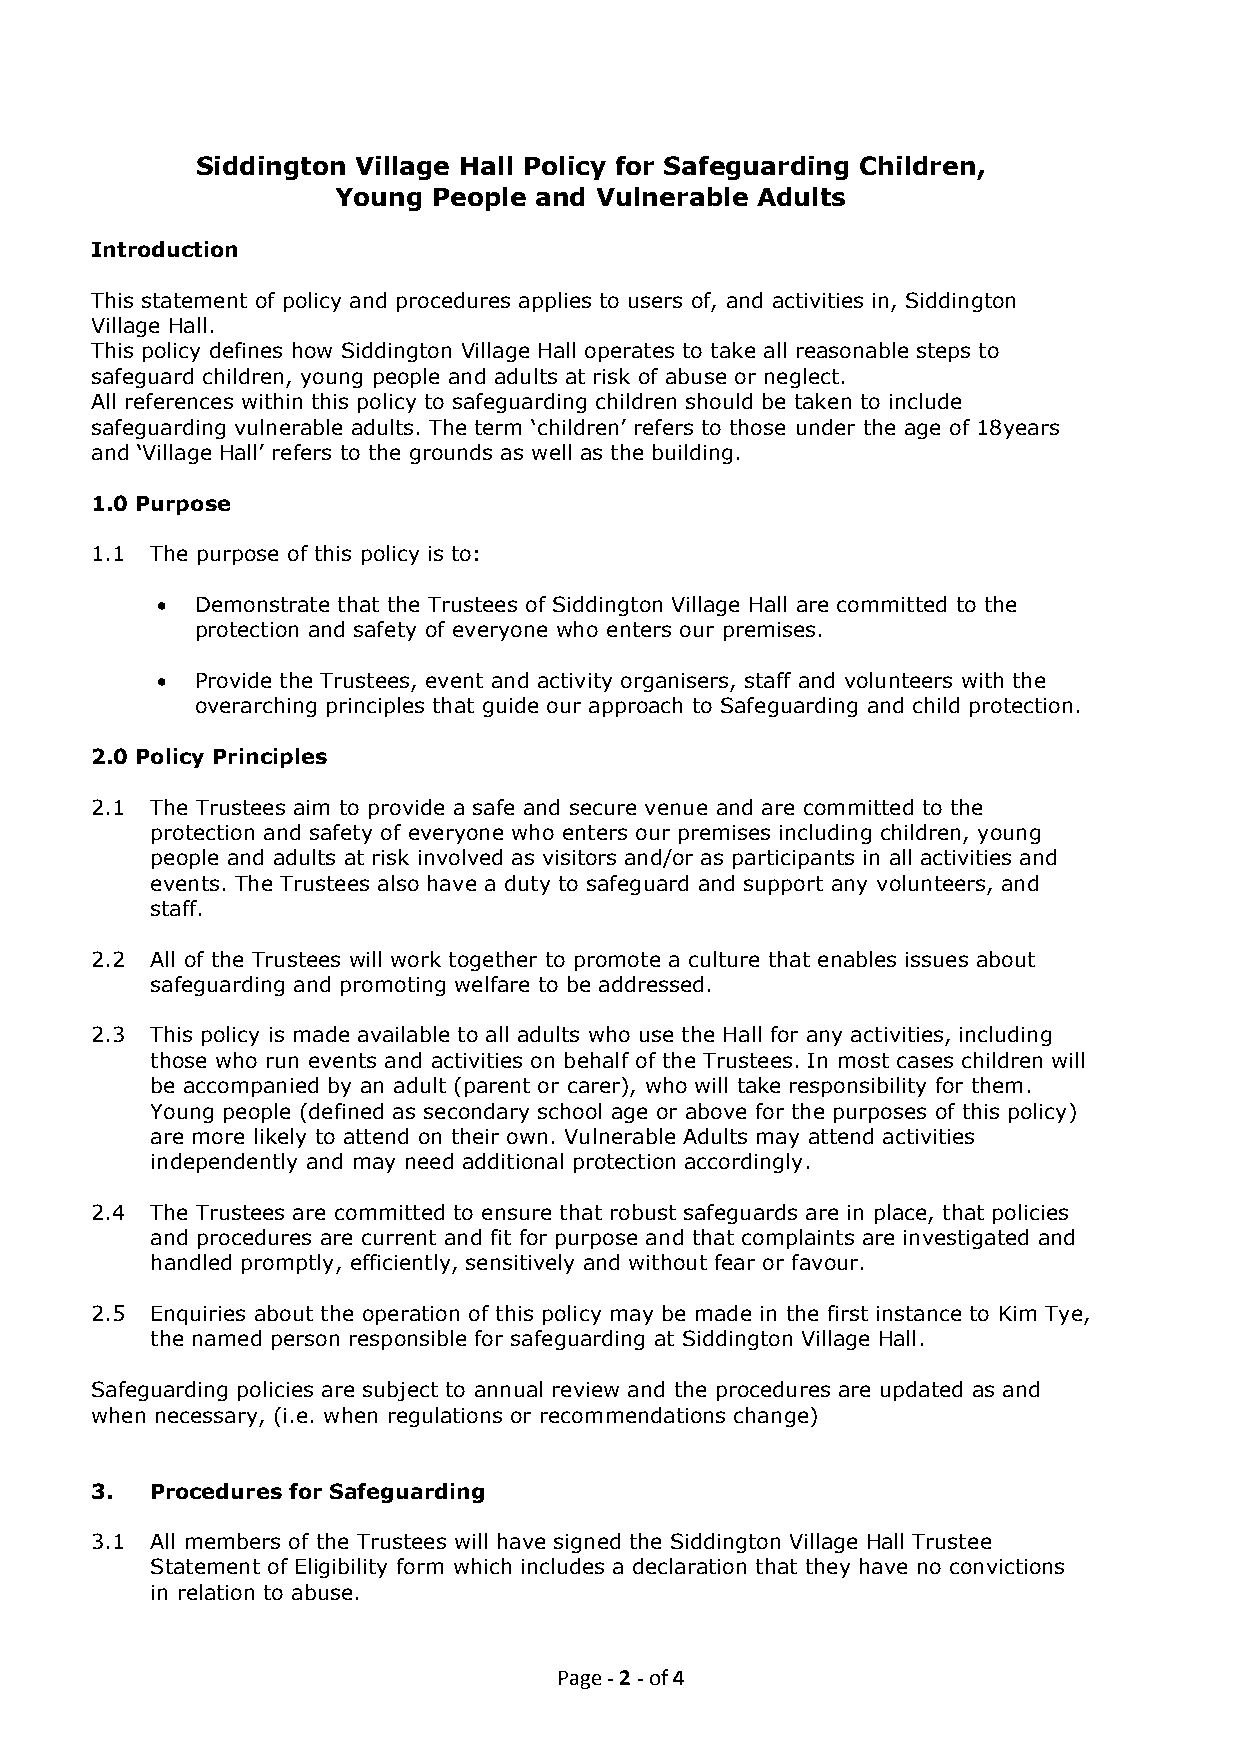
Siddington Village Hall Policy for Safeguarding Children,
 Young  People and Vulnerable Adults
 Introduction
 This statement of policy and procedures applies to users of, and activities in, Siddington
 Village Hall.
 This policy defines how Siddington Village Hall operates to take all reasonable steps to
 safeguard children, young people and adults at risk of abuse or neglect.
 All references within this policy to safeguarding children should be taken to include
 safeguarding vulnerable adults. The term ‘children’ refers to those under the age of 18years
 and ‘Village Hall’ refers to the grounds as well as the building.
 1.0 Purpose
 1.1 The purpose of this policy is to:
   Demonstrate that the Trustees of Siddington Village Hall are committed to the
 protection and safety of everyone who enters our premises.
   Provide the Trustees, event and activity organisers, staff and volunteers with the
 overarching principles that guide our approach to Safeguarding and child protection.
 2.0 Policy Principles
 2.1 The Trustees aim to provide a safe and secure venue and are committed to the
 protection and safety of everyone who enters our premises including children, young
 people and adults at risk involved as visitors and/or as participants in all activities and
 events. The Trustees also have a duty to safeguard and support any volunteers, and
 staff.
 2.2 All of the Trustees will work together to promote a culture that enables issues about
 safeguarding and promoting welfare to be addressed.
 2.3 This policy is made available to all adults who use the Hall for any activities, including
 those who run events and activities on behalf of the Trustees. In most cases children will
 be accompanied by an adult (parent or carer), who will take responsibility for them.
 Young people (defined as secondary school age or above for the purposes of this policy)
 are more likely to attend on their own. Vulnerable Adults may attend activities
 independently and may need additional protection accordingly.
 2.4 The Trustees are committed to ensure that robust safeguards are in place, that policies
 and procedures are current and fit for purpose and that complaints are investigated and
 handled promptly, efficiently, sensitively and without fear or favour.
 2.5 Enquiries about the operation of this policy may be made in the first instance to Kim Tye,
 the named person responsible for safeguarding at Siddington Village Hall.
 Safeguarding policies are subject to annual review and the procedures are updated as and
 when necessary, (i.e. when regulations or recommendations change)
 3.  Procedures for Safeguarding
 3.1 All members of the Trustees will have signed the Siddington Village Hall Trustee
 Statement of Eligibility form which includes a declaration that they have no convictions
 in relation to abuse.
 Page - 2 - of 4